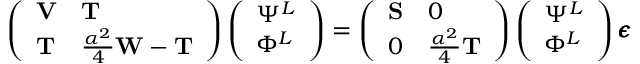
\left( \begin{array} { l l } { \ensuremath { \mathbf { V } } } & { \ensuremath { \mathbf { T } } } \\ { \ensuremath { \mathbf { T } } } & { \frac { \alpha ^ { 2 } } { 4 } \ensuremath { \mathbf { W } } - \ensuremath { \mathbf { T } } } \end{array} \right) \left( \begin{array} { l } { \Psi ^ { L } } \\ { \Phi ^ { L } } \end{array} \right) = \left( \begin{array} { l l } { \ensuremath { \mathbf { S } } } & { 0 } \\ { 0 } & { \frac { \alpha ^ { 2 } } { 4 } \ensuremath { \mathbf { T } } } \end{array} \right) \left( \begin{array} { l } { \Psi ^ { L } } \\ { \Phi ^ { L } } \end{array} \right) \ensuremath { \pmb \epsilon }